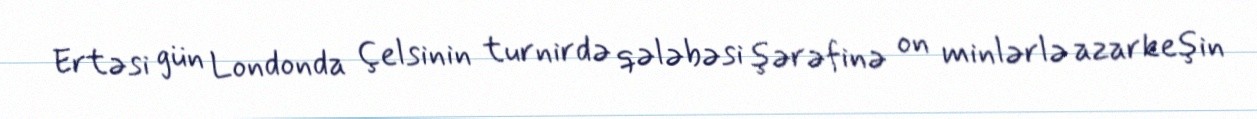
Ertəsi gün Londonda Çelsinin turnirdə qələbəsi şərəfinə on minlərlə azarkeşin